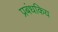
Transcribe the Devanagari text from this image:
प्रबंधकिय